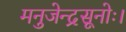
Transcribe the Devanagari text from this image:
मनुजेन्द्रसूनोः।